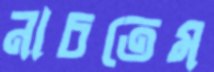
নাচতেম